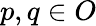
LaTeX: p,q\in O